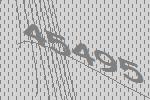
45495